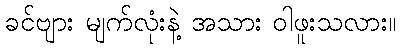
ခင်ဗျား မျက်လုံးနဲ့ အသား ဝါဖူးသလား။